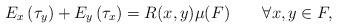
LaTeX: \begin{align*}E_x\left(\tau_y\right)+E_y\left(\tau_x\right)=R(x,y)\mu(F)\qquad\forall x,y\in F,\end{align*}